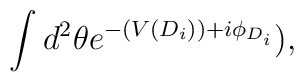
\int d^2 \theta e^{-(V(D_i))+ i \phi_{D_i}}),